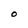
Character: O